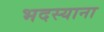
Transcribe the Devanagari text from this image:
भदस्याना